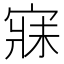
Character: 寐